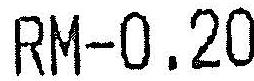
RM-0.20